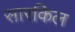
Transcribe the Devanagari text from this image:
सारकिल